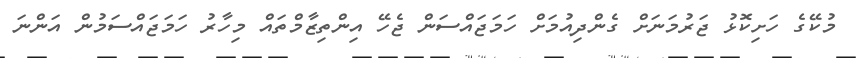
މުކޭގެ ހަށިކޮޅު ޖަރުމަނަށް ގެންދިއުމަށް ހަމަޖައްސަން ޖެހޭ އިންތިޒާމްތައް މިހާރު ހަމަޖައްސަމުން އަންނަ